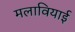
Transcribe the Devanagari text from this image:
मलावियाई